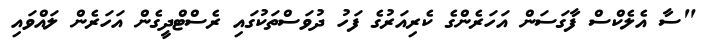
"ސާ އެލެކްސް ފާގަސަން އަހަރެންގެ ކެރިއަރުގެ ފަހު ދުވަސްތަކުގައި ރެސްޓްދީގެން އަހަރެން ލައްވައި